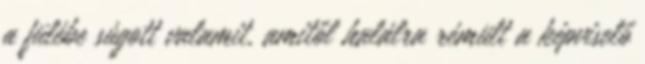
a fülébe súgott valamit, amitől halálra rémült a képviselő